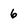
Character: 6